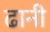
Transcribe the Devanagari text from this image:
ढानी